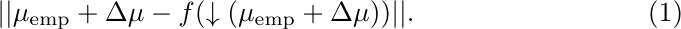
\begin{equation}
    \label{eq:lowerbound_withlinearity_}
    \begin{aligned}
        ||\mu_{\text{emp}} + \Delta\mu - f(\downarrow(\mu_{\text{emp}} + \Delta\mu))||
        .
    \end{aligned}
\end{equation}